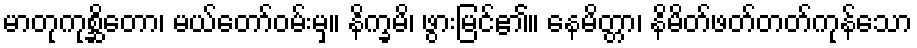
မာတုကုစ္ဆိတော၊ မယ်တော်ဝမ်းမှ။ နိက္ခမိ၊ ဖွားမြင်၏။ နေမိတ္တာ၊ နိမိတ်ဖတ်တတ်ကုန်သော